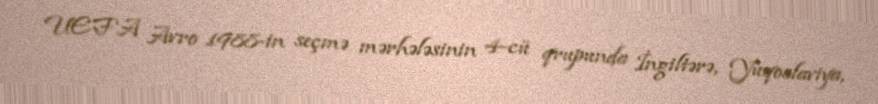
UEFA Avro 1988-in seçmə mərhələsinin 4-cü qrupunda İngiltərə, Yuqoslaviya,